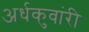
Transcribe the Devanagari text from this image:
अर्धकुवांरी